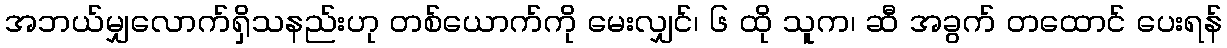
အဘယ်မျှလောက်ရှိသနည်းဟု တစ်ယောက်ကို မေးလျှင်၊ ၆ ထို သူက၊ ဆီ အခွက် တထောင် ပေးရန်